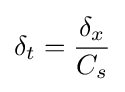
\delta _{t}={\frac {\delta _{x}}{C_{s}}}\,\!